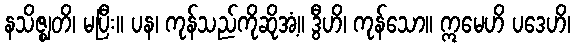
နသိဇ္ဈတိ၊ မပြီး။ ပန၊ ကုန်သည်ကိုဆိုအံ့။ ဒွီဟိ၊ ကုန်သော။ ဣမေဟိ ပဒေဟိ၊